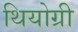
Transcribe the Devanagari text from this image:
थियोग्री